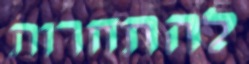
להתחרות